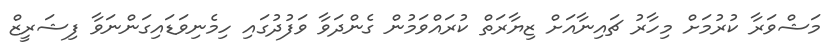
މަޝްވަރާ ކުރުމަށް މިހާރު ޗައިނާއަށް ޒިޔާރަތް ކުރައްވަމުން ގެންދަވާ ވަފުދުގައި ހިމެނިވަޑައިގަންނަވާ ފިޝަރީޒް